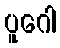
ပူဂေါ